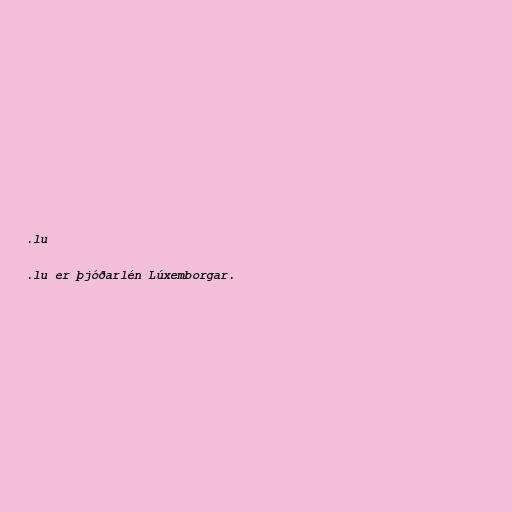
.lu

.lu er þjóðarlén Lúxemborgar.